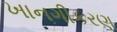
ખાનગીકરણ